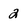
Character: 2